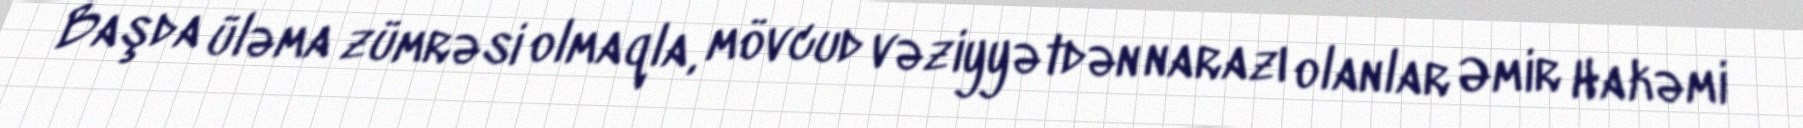
Başda üləma zümrəsi olmaqla, mövcud vəziyyətdən narazı olanlar Əmir Hakəmi